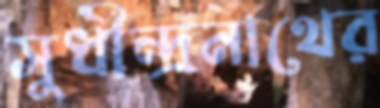
সুধীন্দ্রনাথের